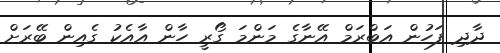
ދާދި ފަހުން އަބްރަމް އޭނާގެ މަންމަ ގޯރީ ހާން އާއެކު ގެއިން ބޭރަށް